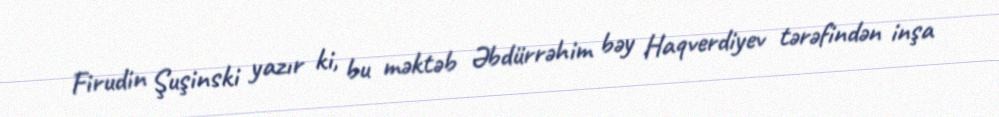
Firudin Şuşinski yazır ki, bu məktəb Əbdürrəhim bəy Haqverdiyev tərəfindən inşa